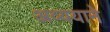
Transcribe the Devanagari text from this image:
अव्ययाने